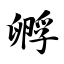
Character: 孵